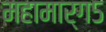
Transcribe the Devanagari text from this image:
महामार्ग५